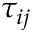
\tau _ { i j }